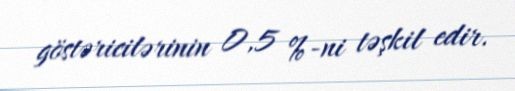
göstəricilərinin 0,5 %-ni təşkil edir.